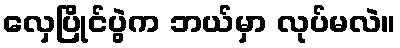
လှေပြိုင်ပွဲက ဘယ်မှာ လုပ်မလဲ။